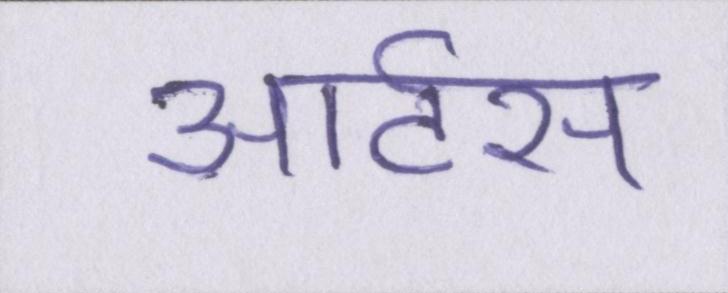
आर्टस